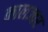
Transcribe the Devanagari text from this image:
कालज्वर